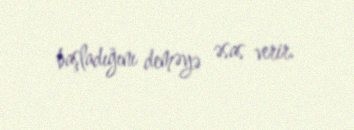
başladığını deməyə əsas verir.